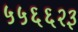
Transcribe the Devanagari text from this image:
५५६६२३